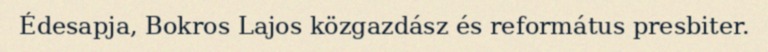
Édesapja, Bokros Lajos közgazdász és református presbiter.